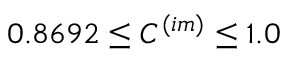
0 . 8 6 9 2 \leq C ^ { ( i m ) } \leq 1 . 0